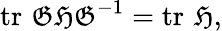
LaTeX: \operatorname{tr}\, {\mathfrak{GHG}}^{-1}=\operatorname{tr}\, {\mathfrak{H}},